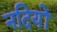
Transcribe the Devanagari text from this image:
नदियों